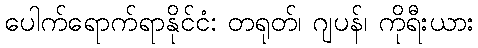
ပေါက်ရောက်ရာနိုင်ငံ: တရုတ်၊ ဂျပန်၊ ကိုရီးယား